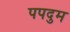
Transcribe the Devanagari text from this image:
पपदुम